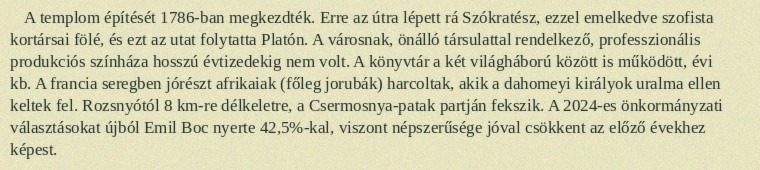
A templom építését 1786-ban megkezdték. Erre az útra lépett rá Szókratész, ezzel emelkedve szofista kortársai fölé, és ezt az utat folytatta Platón. A városnak, önálló társulattal rendelkező, professzionális produkciós színháza hosszú évtizedekig nem volt. A könyvtár a két világháború között is működött, évi kb. A francia seregben jórészt afrikaiak (főleg jorubák) harcoltak, akik a dahomeyi királyok uralma ellen keltek fel. Rozsnyótól 8 km-re délkeletre, a Csermosnya-patak partján fekszik. A 2024-es önkormányzati választásokat újból Emil Boc nyerte 42,5%-kal, viszont népszerűsége jóval csökkent az előző évekhez képest.